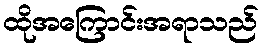
ထိုအကြောင်းအရာသည်